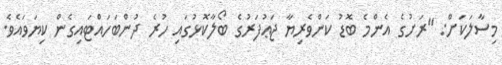
މިސާލަކަށް: "ރަށުގެ އެންމެ ބޮޑު ކަންވެރިޔާ ޖަޢުފަރުގެ ބޯލާކޮޅުގައި ހުރެ ދުންބަހައްޓައިގެން ކިޔަވައެވެ.